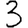
Digit: 3